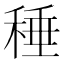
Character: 䅜